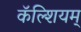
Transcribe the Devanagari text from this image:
कॅल्शियम्